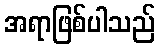
အရာဖြစ်ပါသည်